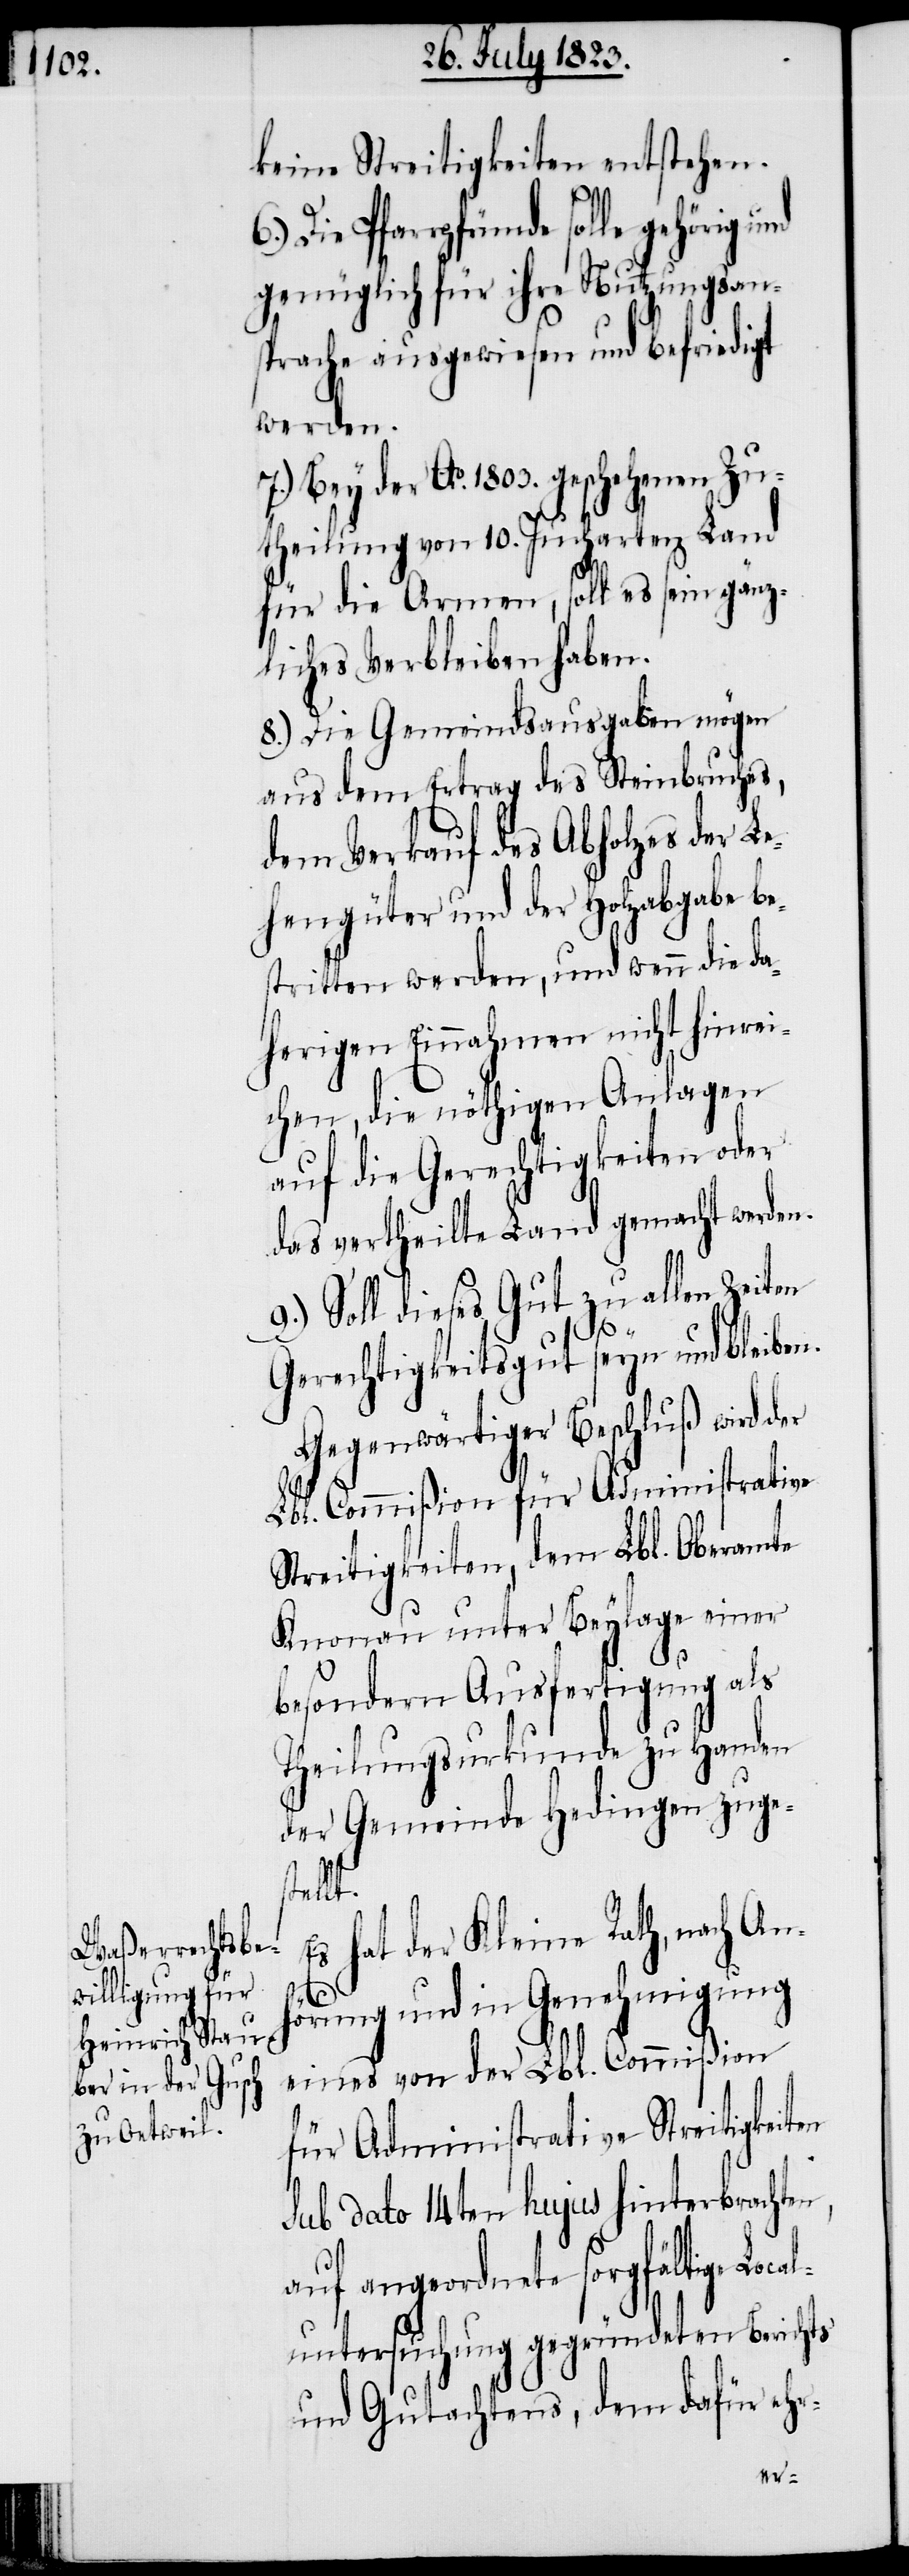
keine Streitigkeiten entstehen.
genüglich für ihre Nutzungsan¬
sprache ausgewiesen und befriedigt
werden.
Bey der Ao. 1803. geschehenen Zu¬
theilung von 10. Jucharten Land
für die Armen, soll es sein gänz¬
liches Verbleiben haben.
8.) Die Gemeindsausgaben mögen
aus dem Ertrag des Steinbruches,
dem Verkauf des Abholzes der L¬
ehengüter und der Holzabgabe be¬
stritten werden, und wenn die da¬
herigen Einnahmen nicht hinrei¬
chen, die nöthigen Anlagen
auf die Gerechtigkeiten oder
das vertheilte Land gemacht werden.
9.) Soll dieses Gut zu allen Zeiten
Gerechtigkeitsgut seyn und bleiben.
Gegenwärtiger Beschluß wird
Lbl. Commißion für Administrative
Streitigkeiten, dem Lbl. Oberamte
Knonau unter Beylage einer
besondern Ausfertigung als
Theilungsurkunde zu Handen
der Gemeinde Hedingen zuges¬
Local¬
s hat der Kleine Rath, nach An¬
hörung und in Genehmigung
eines von der Lbl. Commißion
für Administrative Streitigkeiten
sub dato 14ten hujus hinterbrachten,
auf angeordnete sorgfältige
untersuchung gegründeten Berichts
und Gutachtens, dem dafür ehr-
E¬